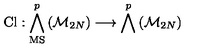
\mathrm { C l } : \bigwedge _ { \mathrm { M S } } ^ { p } \left( { \cal M } _ { 2 N } \right) \longrightarrow \bigwedge ^ { p } \left( { \cal M } _ { 2 N } \right)